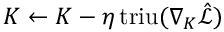
K \gets K - \eta \, \mathrm { t r i u } ( \nabla _ { K } \hat { \mathcal { L } } )